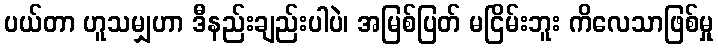
ပယ်တာ ဟူသမျှဟာ ဒီနည်းချည်းပါပဲ၊ အမြစ်ပြတ် မငြိမ်းဘူး ကိလေသာဖြစ်မှု